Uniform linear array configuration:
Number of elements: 16
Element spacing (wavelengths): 0.75
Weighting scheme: hann
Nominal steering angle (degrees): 0
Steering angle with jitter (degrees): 0.3496
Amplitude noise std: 0.05
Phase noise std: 0.05

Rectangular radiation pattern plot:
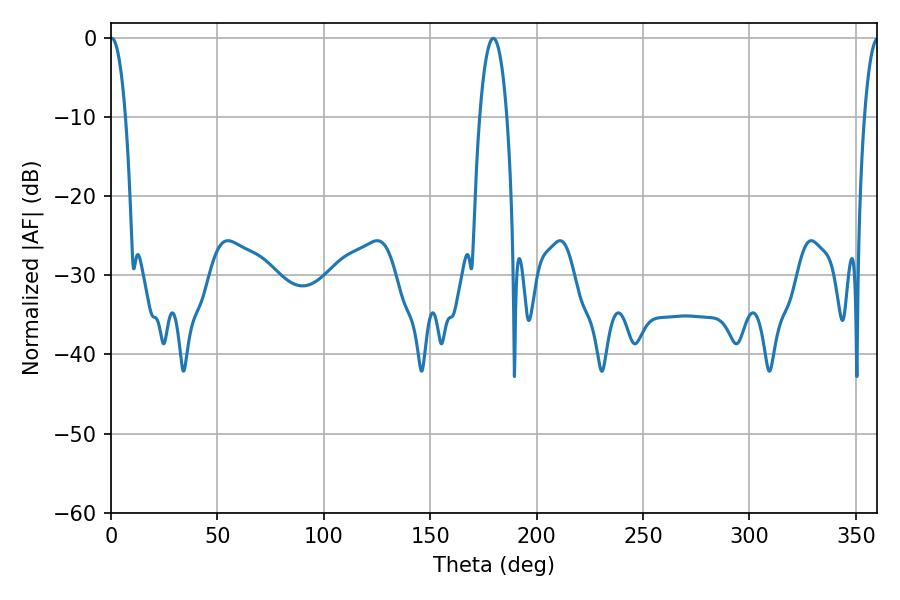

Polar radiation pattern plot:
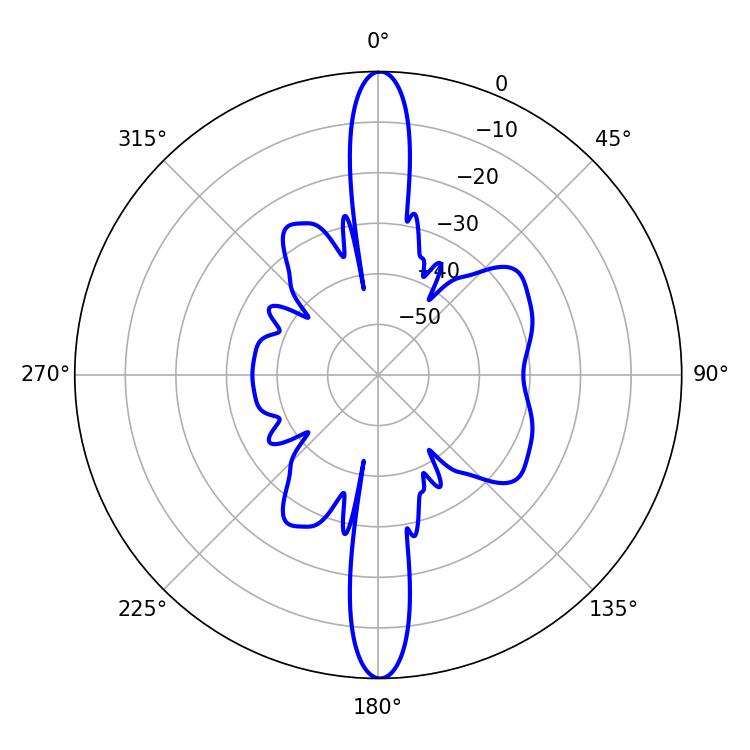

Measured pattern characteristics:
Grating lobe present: TRUE
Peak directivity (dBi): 27.929
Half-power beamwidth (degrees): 3.96
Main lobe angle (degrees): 0.36